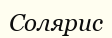
Солярис